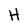
Character: H